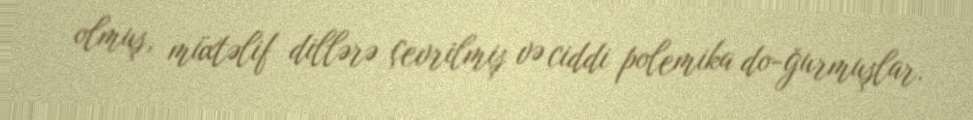
olmuş, müxtəlif dillərə çevrilmiş və ciddi polemika do­ğurmuşlar.